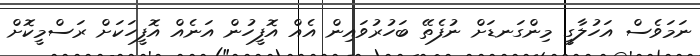
ނަމަވެސް އަހުލާގީ މިންގަނޑަށް ނުފެތޭ ބަހުރުވައިން އެއް އޮފީހުން އަނެއް އޮފީހަކަށް ރަސްމީކޮށް